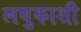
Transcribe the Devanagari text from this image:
लघुकाशी